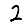
Digit: 2